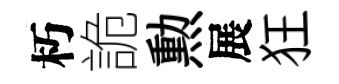
朽詭勲展狂